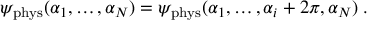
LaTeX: \psi _ { \mathrm { p h y s } } ( \alpha _ { 1 } , \ldots , \alpha _ { N } ) = \psi _ { \mathrm { p h y s } } ( \alpha _ { 1 } , \ldots , \alpha _ { i } + 2 \pi , \alpha _ { N } ) \; .